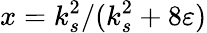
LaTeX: x=k_{s}^{2}/(k_{s}^{2}+8\varepsilon)